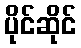
ပိုင်ဆိုင်